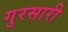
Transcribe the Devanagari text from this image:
गुरसारी